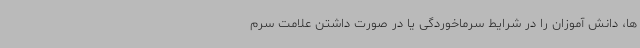
ها، دانش آموزان را در شرایط سرماخوردگی یا در صورت داشتن علامت سرم